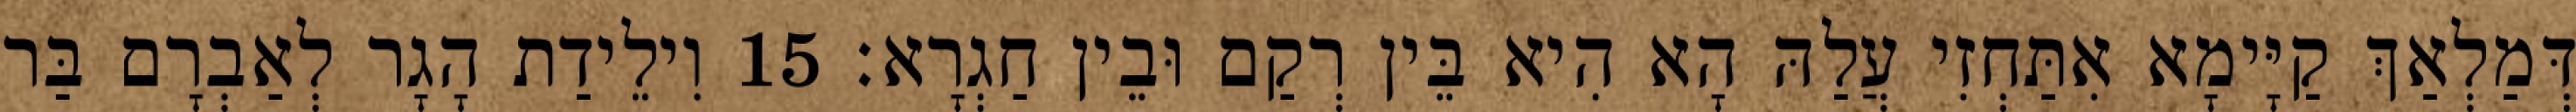
דְּמַלְאַךְ קַיָּימָא אִתַּחְזִי עֲלַהּ הָא הִיא בֵּין רְקַם וּבֵין חַגְרָא׃ 15 וִילֵידַת הָגָר לְאַבְרָם בַּר